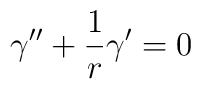
\gamma ^{\prime \prime} + \frac{1}{r} \gamma ^{\prime} =0